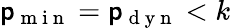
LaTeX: \mathsf{p}_{\mathrm{{~m~i~n~}}}=\mathsf{p}_{\mathrm{{~d~y~n~}}}<k